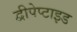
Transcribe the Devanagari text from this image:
द्वीपेप्टाइड